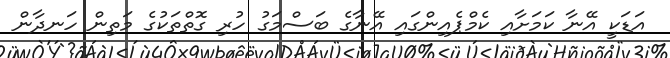
އަޑަކީ އޭނާ ކަމަށާއި ކެމްޕެއިންގައި އޭނާގެ ބަސްމަގު ހުރި ގޮތްތަކުގެ މަތިން ހަނދާން